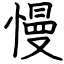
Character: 慢